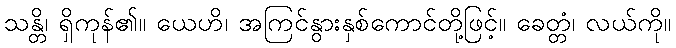
သန္တိ၊ ရှိကုန်၏။ ယေဟိ၊ အကြင်နွားနှစ်ကောင်တို့ဖြင့်။ ခေတ္တံ၊ လယ်ကို။